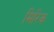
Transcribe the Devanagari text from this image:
मिरिक